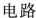
电路